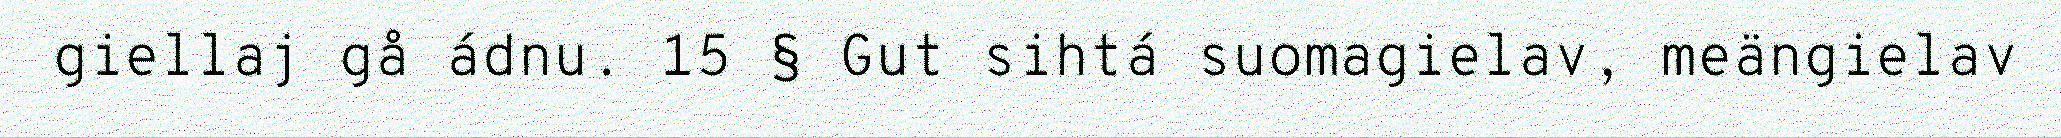
giellaj gå ádnu. 15 § Gut sihtá suomagielav, meängielav